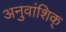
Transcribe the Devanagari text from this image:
अनुवांशिक्